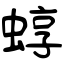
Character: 蜳